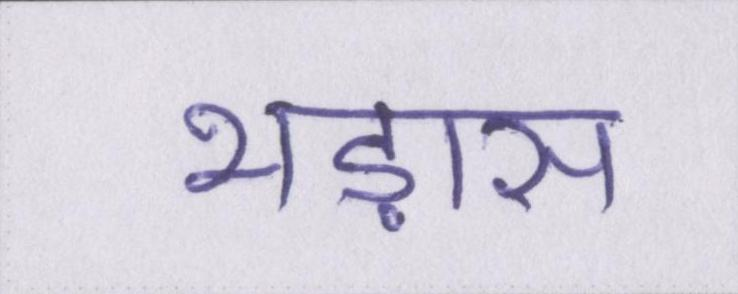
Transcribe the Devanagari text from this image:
भड़ास